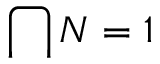
\bigcap { N } = 1